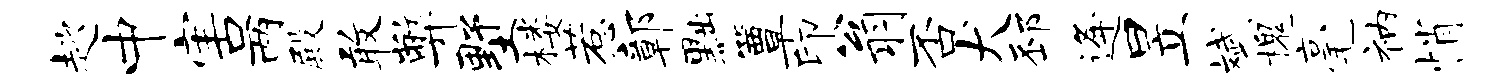
趑中害两殿敢弊墅楼惹鄣黜簟印翁否犬邳逄昱斌槐毫衲悄